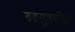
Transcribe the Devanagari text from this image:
रुद्रसुतरचित